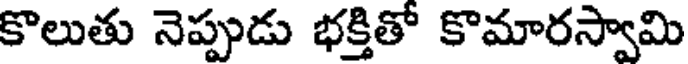
కొలుతు నెప్పుడు భక్తితో కొమారస్వామి